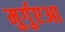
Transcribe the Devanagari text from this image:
मुर्गुएआ